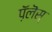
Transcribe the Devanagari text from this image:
प़ॅलॆस्